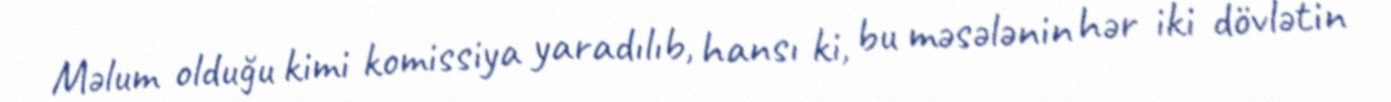
Məlum olduğu kimi komissiya yaradılıb, hansı ki, bu məsələnin hər iki dövlətin